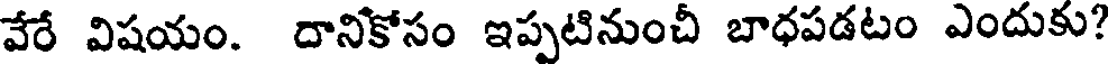
వేరే విషయం. దానికోసం ఇప్పటినుంచీ బాధపడటం ఎందుకు?